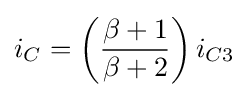
i_{C}=\left({\frac {\beta +1}{\beta +2}}\right)i_{C3}